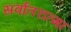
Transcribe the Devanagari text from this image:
सर्वांतरात्मा